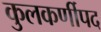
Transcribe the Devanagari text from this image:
कुलकर्णीपद